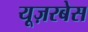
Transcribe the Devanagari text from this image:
यूज़रबेस